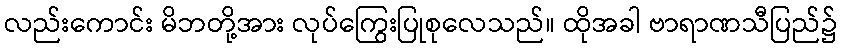
လည်းကောင်း မိဘတို့အား လုပ်ကြွေးပြုစုလေသည်။ ထိုအခါ ဗာရာဏသီပြည်၌